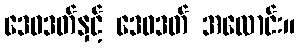
ဒေဝဒတ်နှင့် ဒေဝဒတ် အလောင်း။